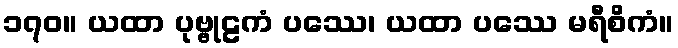
၁၇၀။ ယထာ ပုဗ္ဗုဠကံ ပဿေ၊ ယထာ ပဿေ မရီစိကံ။